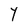
Character: Y